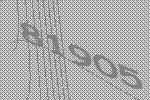
81905